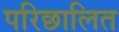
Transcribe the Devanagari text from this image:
परिछालित